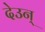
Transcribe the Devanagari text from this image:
देउन्